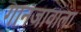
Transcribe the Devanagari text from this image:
गानजावाला